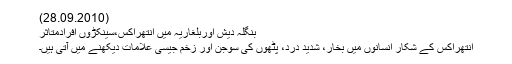
(28.09.2010)
بنگلہ دیش اوربلغاریہ میں انتھراکس،سینکڑوں افرادمتاثر
انتھراکس کے شکار انسانوں میں بخار، شدید درد، پٹھوں کی سُوجن اور زخم جیسی علامات دیکھنے میں آتی ہیں۔